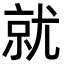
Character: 就